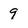
Character: 9